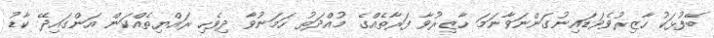
ބޭފުޅަކު ހާޒިރުވެވަޑައިނުގަންނަވާނަމަ ހާޒިރުވާ ފަރާތެއްގެ މުއްދަތު ހަމަނުވާ ދިވެހި ރައްޔިތެއްކަން އަންގައިދޭ ކާޑު